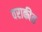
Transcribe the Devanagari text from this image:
वराकीत